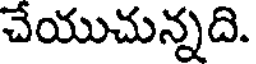
చేయుచున్నది.